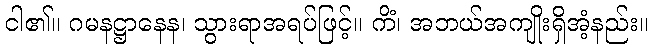
ငါ၏။ ဂမနဋ္ဌာနေန၊ သွားရာအရပ်ဖြင့်။ ကိံ၊ အဘယ်အကျိုးရှိအံ့နည်း။